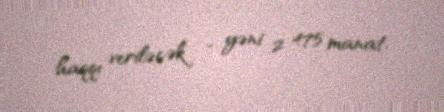
haqqı veriləcək - yəni 2 475 manat.